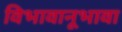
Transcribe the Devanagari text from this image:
विभावानूभावा